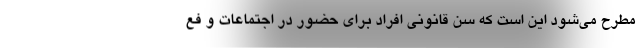
مطرح می‌شود این است که سن قانونی افراد برای حضور در اجتماعات و فع